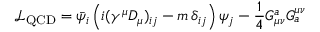
{ \mathcal { L } } _ { \mathrm { Q C D } } = { \bar { \psi } } _ { i } \left( i ( \gamma ^ { \mu } D _ { \mu } ) _ { i j } - m \, \delta _ { i j } \right) \psi _ { j } - { \frac { 1 } { 4 } } G _ { \mu \nu } ^ { a } G _ { a } ^ { \mu \nu }